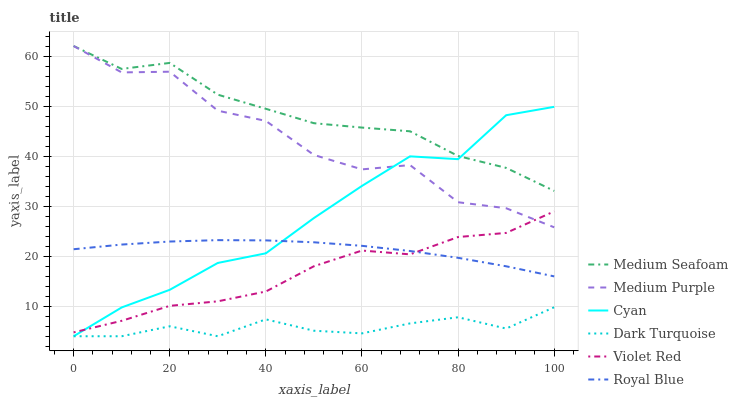
| xaxis_label | Medium Seafoam | Medium Purple | Cyan | Dark Turquoise | Violet Red | Royal Blue |
 | --- | --- | --- | --- | --- | --- | --- |
 | 0 | 62 | 62 | 4 | 4 | 4.78 | 21.4 |
 | 10 | 57.4 | 56.7 | 9.76 | 4 | 7.09 | 22.3 |
 | 20 | 58.6 | 56.9 | 13.3 | 5.99 | 10.1 | 22.9 |
 | 30 | 52.3 | 49.1 | 18.6 | 4 | 11 | 23.2 |
 | 40 | 49.5 | 47 | 20.6 | 7.38 | 12.9 | 23.2 |
 | 50 | 46.6 | 40.2 | 27.6 | 5.1 | 18 | 22.8 |
 | 60 | 45.7 | 37.3 | 34 | 4.57 | 21.1 | 22.1 |
 | 70 | 45 | 38.2 | 40 | 6.57 | 20.4 | 21 |
 | 80 | 40 | 30.8 | 39.4 | 7.8 | 23.8 | 19.7 |
 | 90 | 37.6 | 29.6 | 48.2 | 5.54 | 24.7 | 18 |
 | 100 | 33 | 25.8 | 49.8 | 9.8 | 29 | 16 |